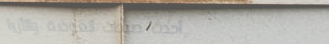
أحدث صيحات الموضة والأزيا